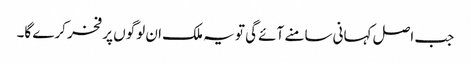
جب اصل کہانی سامنے آئے گی تو یہ ملک ان لوگوں پر فخر کرے گا۔